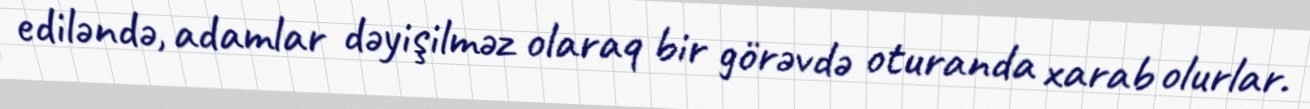
ediləndə, adamlar dəyişilməz olaraq bir görəvdə oturanda xarab olurlar.